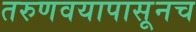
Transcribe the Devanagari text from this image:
तरुणवयापासूनच